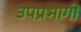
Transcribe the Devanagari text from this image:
उपप्रभागों